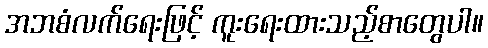
အဘစံလက်ရေးဖြင့် ကူးရေးထားသည့်စာတွေပါ။